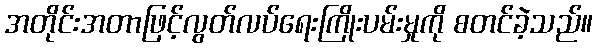
အတိုင်းအတာဖြင့်လွတ်လပ်ရေးကြိုးပမ်းမှုကို စတင်ခဲ့သည်။